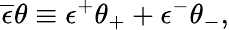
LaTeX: \overline{{{\epsilon}}}\theta\equiv\epsilon^{+}\theta_{+}+\epsilon^{-}\theta_{-},